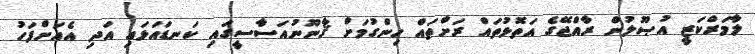
ލާމަރްކަޒީ އުޞޫލުން ރާއްޖޭގެ އަތޮޅުތައް ރަށްތައް ހިންގުމަށް ޤާނޫނުއަސާސީގައި ކަނޑައަޅައި އަދި އެއަށްފަހު